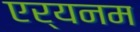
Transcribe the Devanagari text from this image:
एर्यनम